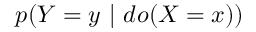
p ( Y = y ~ \vert ~ d o ( X = x ) )